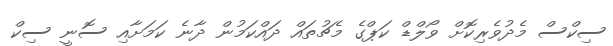
ސިކްސް މެދުވެރިކޮށް ވޯލްޑް ކަޕްގެ މެޗުތައް ދައްކަމުން ދާނެ ކަމަށާއި ސޮނީ ސިކް